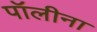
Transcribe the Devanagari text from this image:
पॉलीना